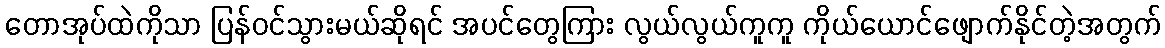
တောအုပ်ထဲကိုသာ ပြန်ဝင်သွားမယ်ဆိုရင် အပင်တွေကြား လွယ်လွယ်ကူကူ ကိုယ်ယောင်ဖျောက်နိုင်တဲ့အတွက်